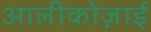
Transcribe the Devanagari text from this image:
आलीकोज़ाई